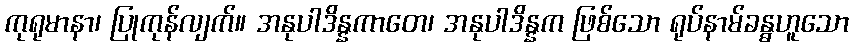
ကုရုမာနာ၊ ပြုကုန်လျက်။ အနုပါဒိန္နကာတေ၊ အနုပါဒိန္နက ဖြစ်သော ရုပ်နာမ်ခန္ဓဟူသော